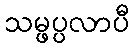
သမ္ဖပ္ပလာပီ